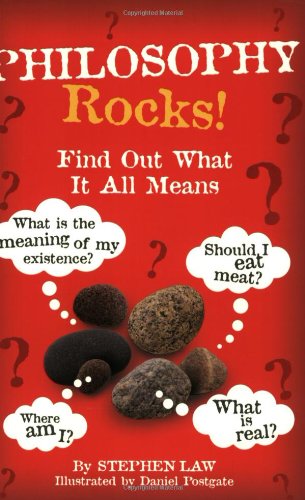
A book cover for Philosophy Rocks!; Stephen Law; Teen & Young Adult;